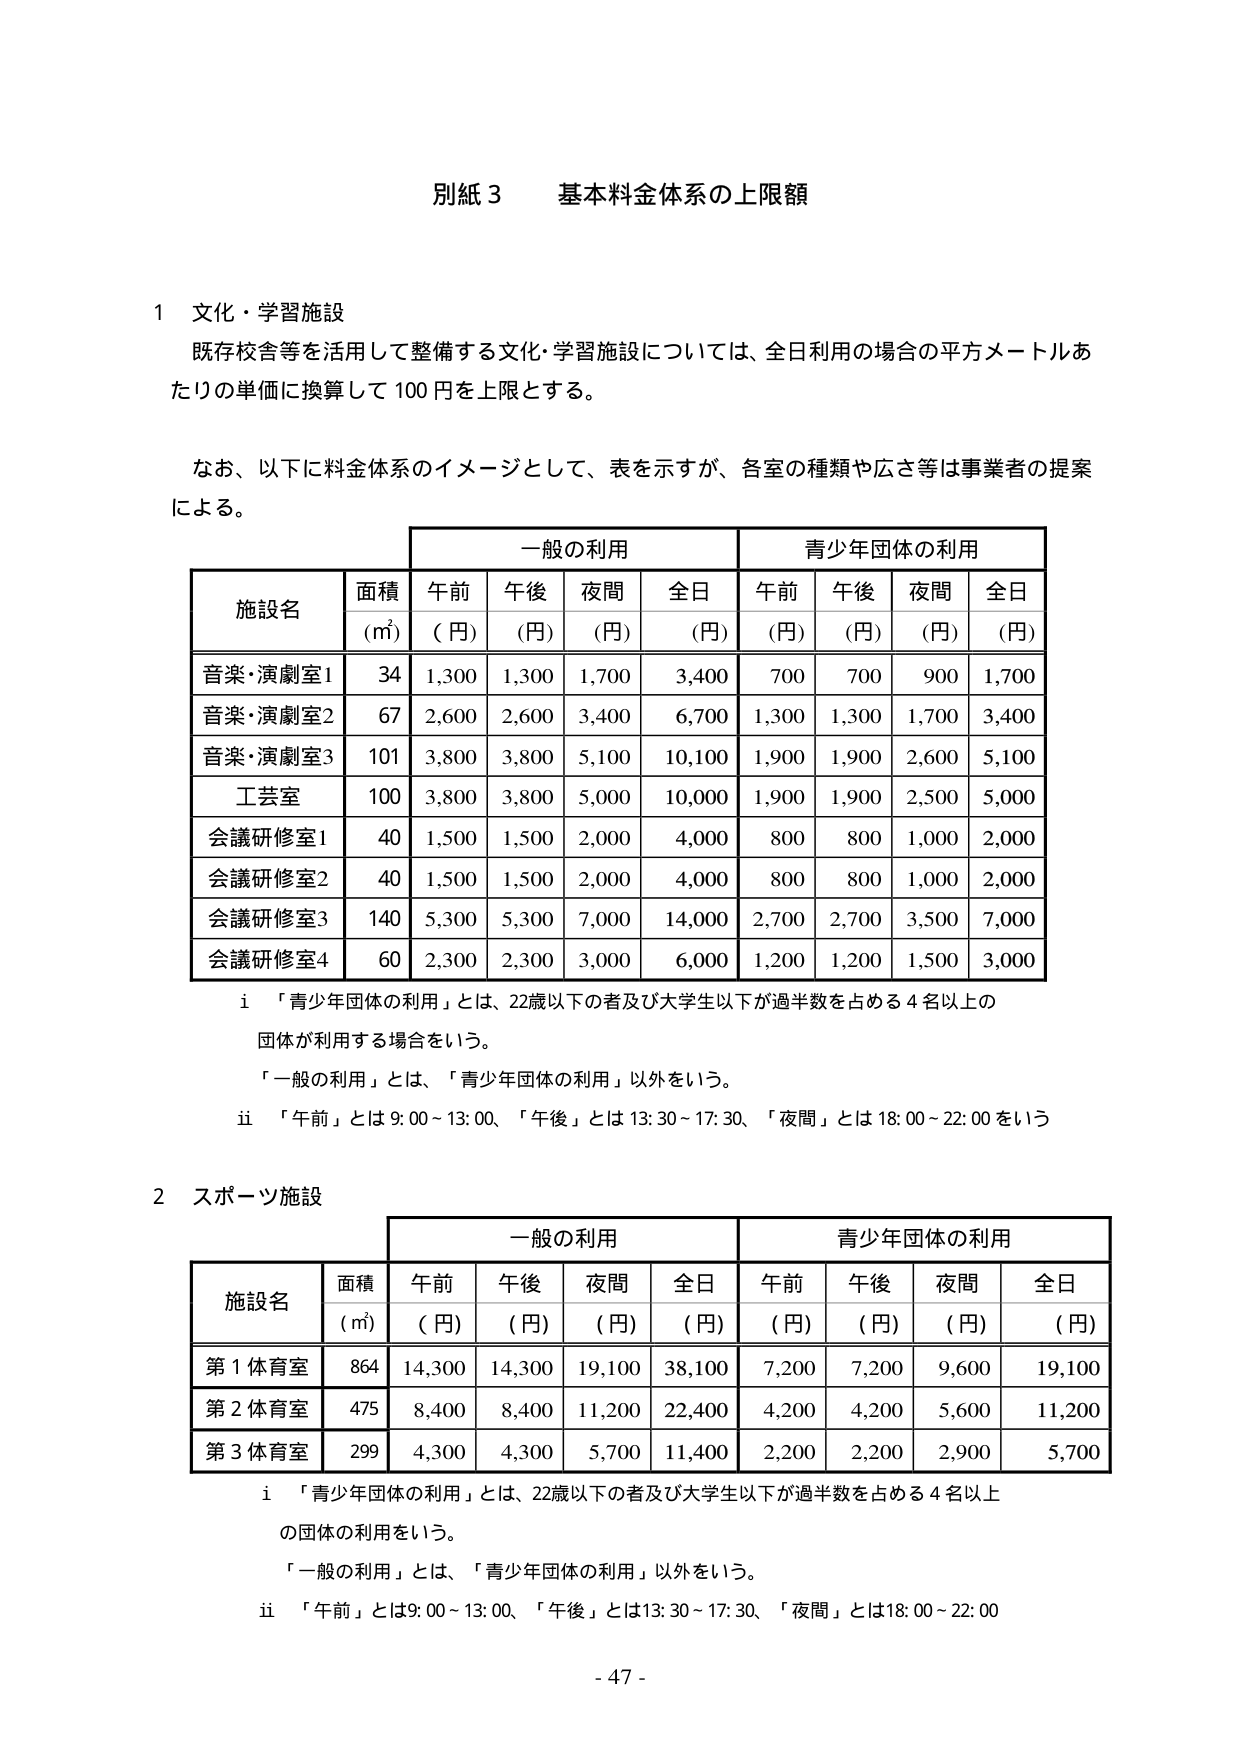
別紙３　基本料金体系の上限額

１　文化・学習施設
　既存校舎等を活用して整備する文化・学習施設については、全日利用の場合の平方メートルあたりの単価に換算して100円を上限とする。

　なお、以下に料金体系のイメージとして、表を示すが、各室の種類や広さ等は事業者の提案による。

　　　　　　　　　　　　　一般の利用　　　　　　　青少年団体の利用
　　　　　　　　　　　　────────────　────────────
　　　　　　　　　　　　|　午前　|　午後　|　夜間　|　全日　|　午前　|　午後　|　夜間　|　全日　|
施設名　　　面積　　　　|　(円)　|　(円)　|　(円)　|　(円)　|　(円)　|　(円)　|　(円)　|　(円)　|
　　　　　　(㎡)　　　　|　　　　|　　　　|　　　　|　　　　|　　　　|　　　　|　　　　|　　　　|
音楽・演劇室1　　34　　|　1,300　|　1,300　|　1,700　|　3,400　|　700　　|　700　　|　900　　|　1,700　|
音楽・演劇室2　　67　　|　2,600　|　2,600　|　3,400　|　6,700　|　1,300　|　1,300　|　1,700　|　3,400　|
音楽・演劇室3　　101　　|　3,800　|　3,800　|　5,100　|　10,100　|　1,900　|　1,900　|　2,600　|　5,100　|
工芸室　　　　100　　|　3,800　|　3,800　|　5,000　|　10,000　|　1,900　|　1,900　|　2,500　|　5,000　|
会議研修室1　　40　　|　1,500　|　1,500　|　2,000　|　4,000　|　800　　|　800　　|　1,000　|　2,000　|
会議研修室2　　40　　|　1,500　|　1,500　|　2,000　|　4,000　|　800　　|　800　　|　1,000　|　2,000　|
会議研修室3　　140　　|　5,300　|　5,300　|　7,000　|　14,000　|　2,700　|　2,700　|　3,500　|　7,000　|
会議研修室4　　60　　|　2,300　|　2,300　|　3,000　|　6,000　|　1,200　|　1,200　|　1,500　|　3,000　|

　i　「青少年団体の利用」とは、22歳以下の者及び大学生以下が過半数を占める4名以上の団体が利用する場合をいう。
　　「一般の利用」とは、「青少年団体の利用」以外をいう。
　ii　「午前」とは9:00～13:00、「午後」とは13:30～17:30、「夜間」とは18:00～22:00をいう

２　スポーツ施設

　　　　　　　　　　　　　一般の利用　　　　　　　青少年団体の利用
　　　　　　　　　　　　────────────　────────────
　　　　　　　　　　　　|　午前　|　午後　|　夜間　|　全日　|　午前　|　午後　|　夜間　|　全日　|
施設名　　　面積　　　　|　(円)　|　(円)　|　(円)　|　(円)　|　(円)　|　(円)　|　(円)　|　(円)　|
　　　　　　(㎡)　　　　|　　　　|　　　　|　　　　|　　　　|　　　　|　　　　|　　　　|　　　　|
第1体育室　　864　　|　14,300　|　14,300　|　19,100　|　38,100　|　7,200　|　7,200　|　9,600　|　19,100　|
第2体育室　　475　　|　8,400　|　8,400　|　11,200　|　22,400　|　4,200　|　4,200　|　5,600　|　11,200　|
第3体育室　　299　　|　4,300　|　4,300　|　5,700　|　11,400　|　2,200　|　2,200　|　2,900　|　5,700　|

　i　「青少年団体の利用」とは、22歳以下の者及び大学生以下が過半数を占める4名以上の団体の利用をいう。
　　「一般の利用」とは、「青少年団体の利用」以外をいう。
　ii　「午前」とは9:00～13:00、「午後」とは13:30～17:30、「夜間」とは18:00～22:00

- 47 -